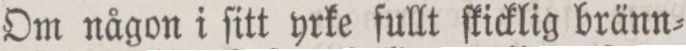
Om någon i ſitt yrke fullt ſkicklig bränn=